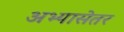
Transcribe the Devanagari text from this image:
अभ्यासेतर